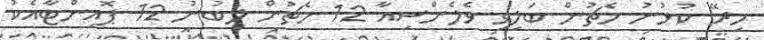
މިރޭ ކުޅުނު މެޗުން ބަލިވި ވެލެންސިއާ 12 މެޗުން ލިބުނު 12 ޕޮއިންޓާއެކު